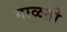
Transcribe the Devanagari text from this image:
गाळती